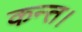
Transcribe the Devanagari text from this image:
कन्‍त।